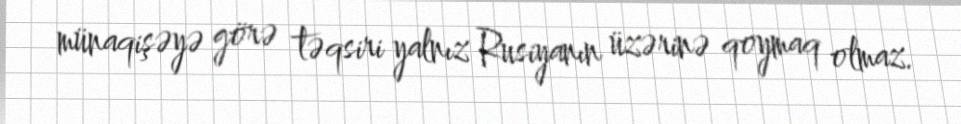
münaqişəyə görə təqsiri yalnız Rusiyanın üzərinə qoymaq olmaz.